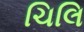
ચિલિ